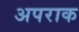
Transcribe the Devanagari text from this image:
अपराक